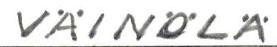
VÄINÖLÄ